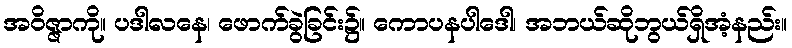
အဝိဇ္ဇာကို။ ပဒါလနေ၊ ဖောက်ခွဲခြင်း၌။ ကောပနပါဒေါ၊ အဘယ်ဆိုဘွယ်ရှိအံ့နည်း။